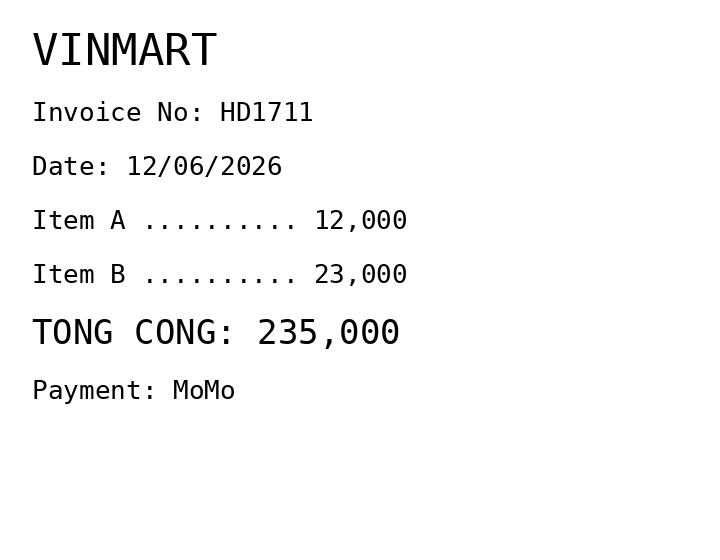
VINMART
Invoice No: HD1711
Date: 12/06/2026
Item A .......... 12,000
Item B .......... 23,000
TONG CONG: 235,000
Payment: MoMo
Merchant: vinmart
Date: 2026-06-12
Total: 235000
Invoice No: HD1711
Payment method: MOMO